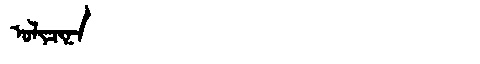
Manchu: ᠣᠯᡳᠴᡳᠨᠠ
Romanization: OLICINA